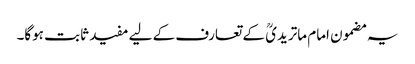
یہ مضمون امام ماتریدیؒ کے تعارف کے لیے مفید ثابت ہوگا۔